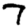
Digit: 7